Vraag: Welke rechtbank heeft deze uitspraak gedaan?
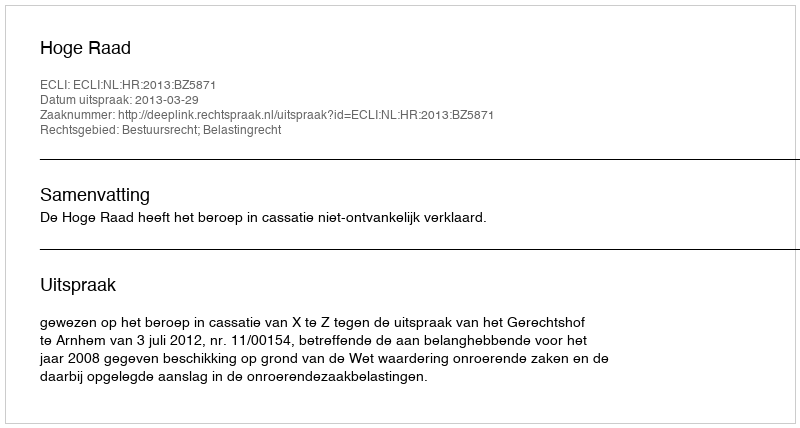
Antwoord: Hoge Raad